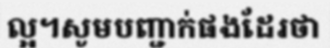
ល្អ។សូមបញ្ជាក់ផងដែរថា